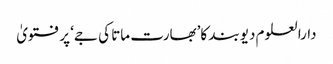
دارالعلوم دیوبند کا’بھارت ماتا کی جے‘ پر فتویٰ